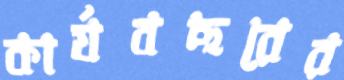
কার্যবছরের